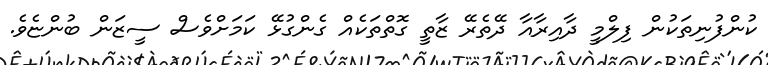
ކުންފުނިތަކުން ފިލްމީ ދާއިރާއާ ދޭތެރޭ ޒާތީ ގޮތްތަކެއް ގެންގުޅޭ ކަމަށްވެސް ސީޒަން ބުންޏެވެ.